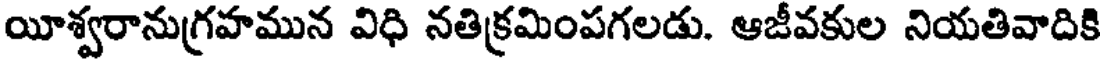
యీశ్వరానుగ్రహమున విధి నతిక్రమింపగలడు. ఆజీవకుల నియతివాదికి